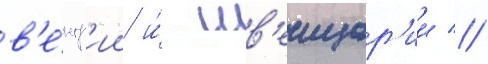
в'е́нгр'ии и́ шв'еицар'ии //